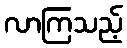
လာကြသည့်